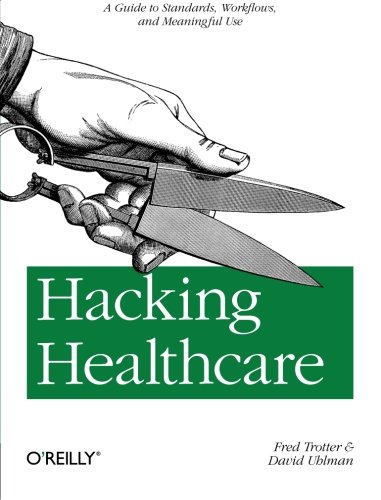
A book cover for Hacking Healthcare: A Guide to Standards, Workflows, and Meaningful Use; Fred Trotter; Computers & Technology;